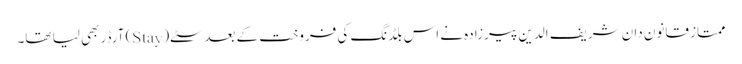
ممتاز قانون دان شریف الدین پیرزادہ نے اس بلڈنگ کی فروخت کے بعد سٹے(Stay) آرڈر بھی لیا تھا۔